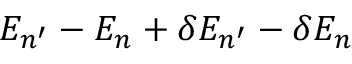
E _ { n ^ { \prime } } - E _ { n } + \delta E _ { n ^ { \prime } } - \delta E _ { n }